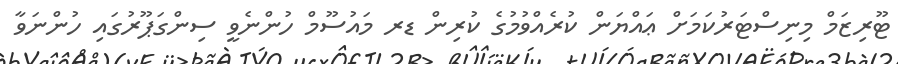
ޓޫރިޒަމް މިނިސްޓަރުކަމަށް ޢައްޔަން ކުރެއްވުމުގެ ކުރިން ޑރ މައުސޫމް ހުންނެވީ ސިންގަޕޫރުގައި ހުންނަވާ